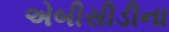
એબીસીડીના